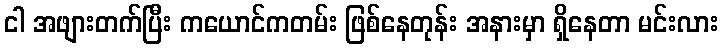
ငါ အဖျားတက်ပြီး ကယောင်ကတမ်း ဖြစ်နေတုန်း အနားမှာ ရှိနေတာ မင်းလား